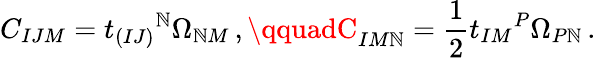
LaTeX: C_{IJM}=t_{(IJ)}{}^{\mathbb{N}}\Omega_{\mathbb{N}M}\, ,\qquadC_{IM\mathbb{N}}=\frac{1}{2}t_{IM}{}^{P}\Omega_{P\mathbb{N}}\, .